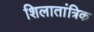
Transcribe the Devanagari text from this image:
शिलातांत्रिक